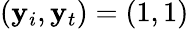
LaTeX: (\mathbf{y}_{i},\mathbf{y}_{t})=(1,1)